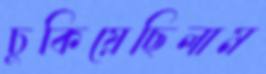
চুকিয়েছিলাম